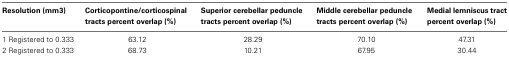
<table><thead><tr><td><b>Resolution (mm3)</b></td><td><b>Corticopontine/corticospinal tracts percent overlap (%)</b></td><td><b>Superior cerebellar peduncle tracts percent overlap (%)</b></td><td><b>Middle cerebellar peduncle tracts percent overlap (%)</b></td><td><b>Medial lemniscus tract percent overlap (%)</b></td></tr></thead><tbody><tr><td>1 Registered to 0.333</td><td>63.12</td><td>28.29</td><td>70.10</td><td>47.31</td></tr><tr><td>2 Registered to 0.333</td><td>68.73</td><td>10.21</td><td>67.95</td><td>30.44</td></tr></tbody></table>